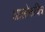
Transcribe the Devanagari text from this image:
आलोकचित्र